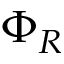
\Phi _ { R }